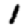
Digit: 1